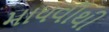
માધવીથી